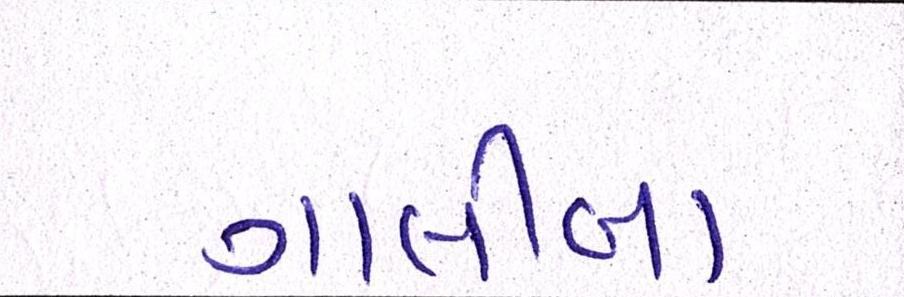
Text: ગાલીબા